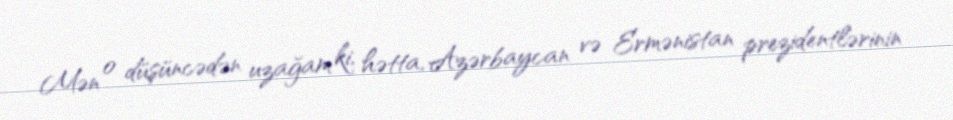
Mən o düşüncədən uzağam ki, hətta, Azərbaycan və Ermənistan prezidentlərinin